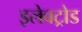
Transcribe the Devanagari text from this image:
इलेवट्रोड